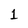
Character: 1